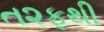
ત૨ફથી